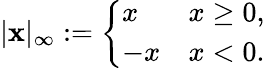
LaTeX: |\mathbf{x}|_{\infty}:={\left\{ \begin{array}{ll}{x}&{x\geq 0,}\\ {-x}&{x<0.}\end{array}\right.}